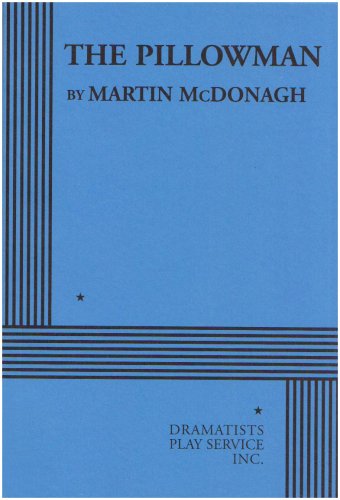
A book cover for The Pillowman - Acting Edition; Martin McDonagh; Literature & Fiction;